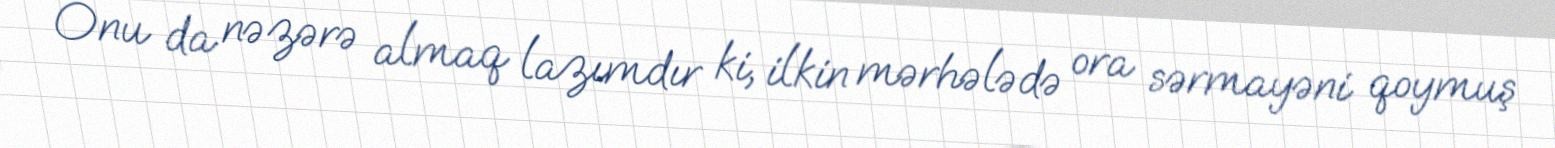
Onu da nəzərə almaq lazımdır ki, ilkin mərhələdə ora sərmayəni qoymuş